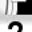
Digit: 7